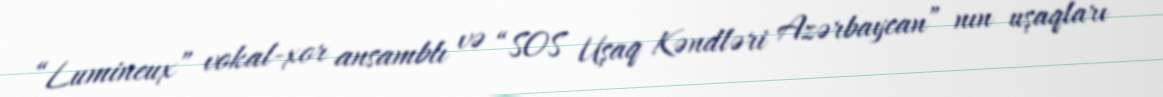
“Lumineux” vokal-xor ansamblı və “SOS Uşaq Kəndləri Azərbaycan” nın uşaqları